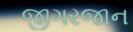
જીગરજાન